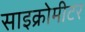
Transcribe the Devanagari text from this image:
साइक्रोमीटर